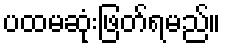
ပထမဆုံးဖြတ်ရမည်။